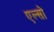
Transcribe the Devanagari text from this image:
एल्सो